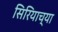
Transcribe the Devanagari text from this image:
सिरियाच्या